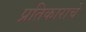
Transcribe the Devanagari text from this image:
प्रतिकाराचे